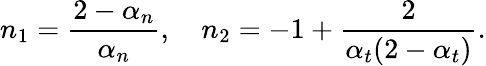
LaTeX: n_{1}=\frac{2-\alpha_{n}}{\alpha_{n}},\quad n_{2}=-1+\frac{2}{\alpha_{t}(2-\alpha_{t})}.